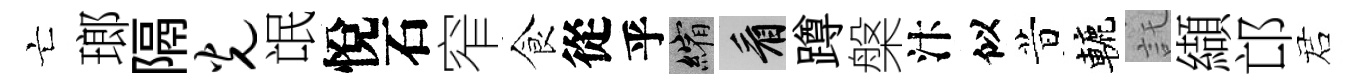
亡瑯隔光氓悅石窄食從乎縮看蹲槃汴似昔轆託纈邙诺